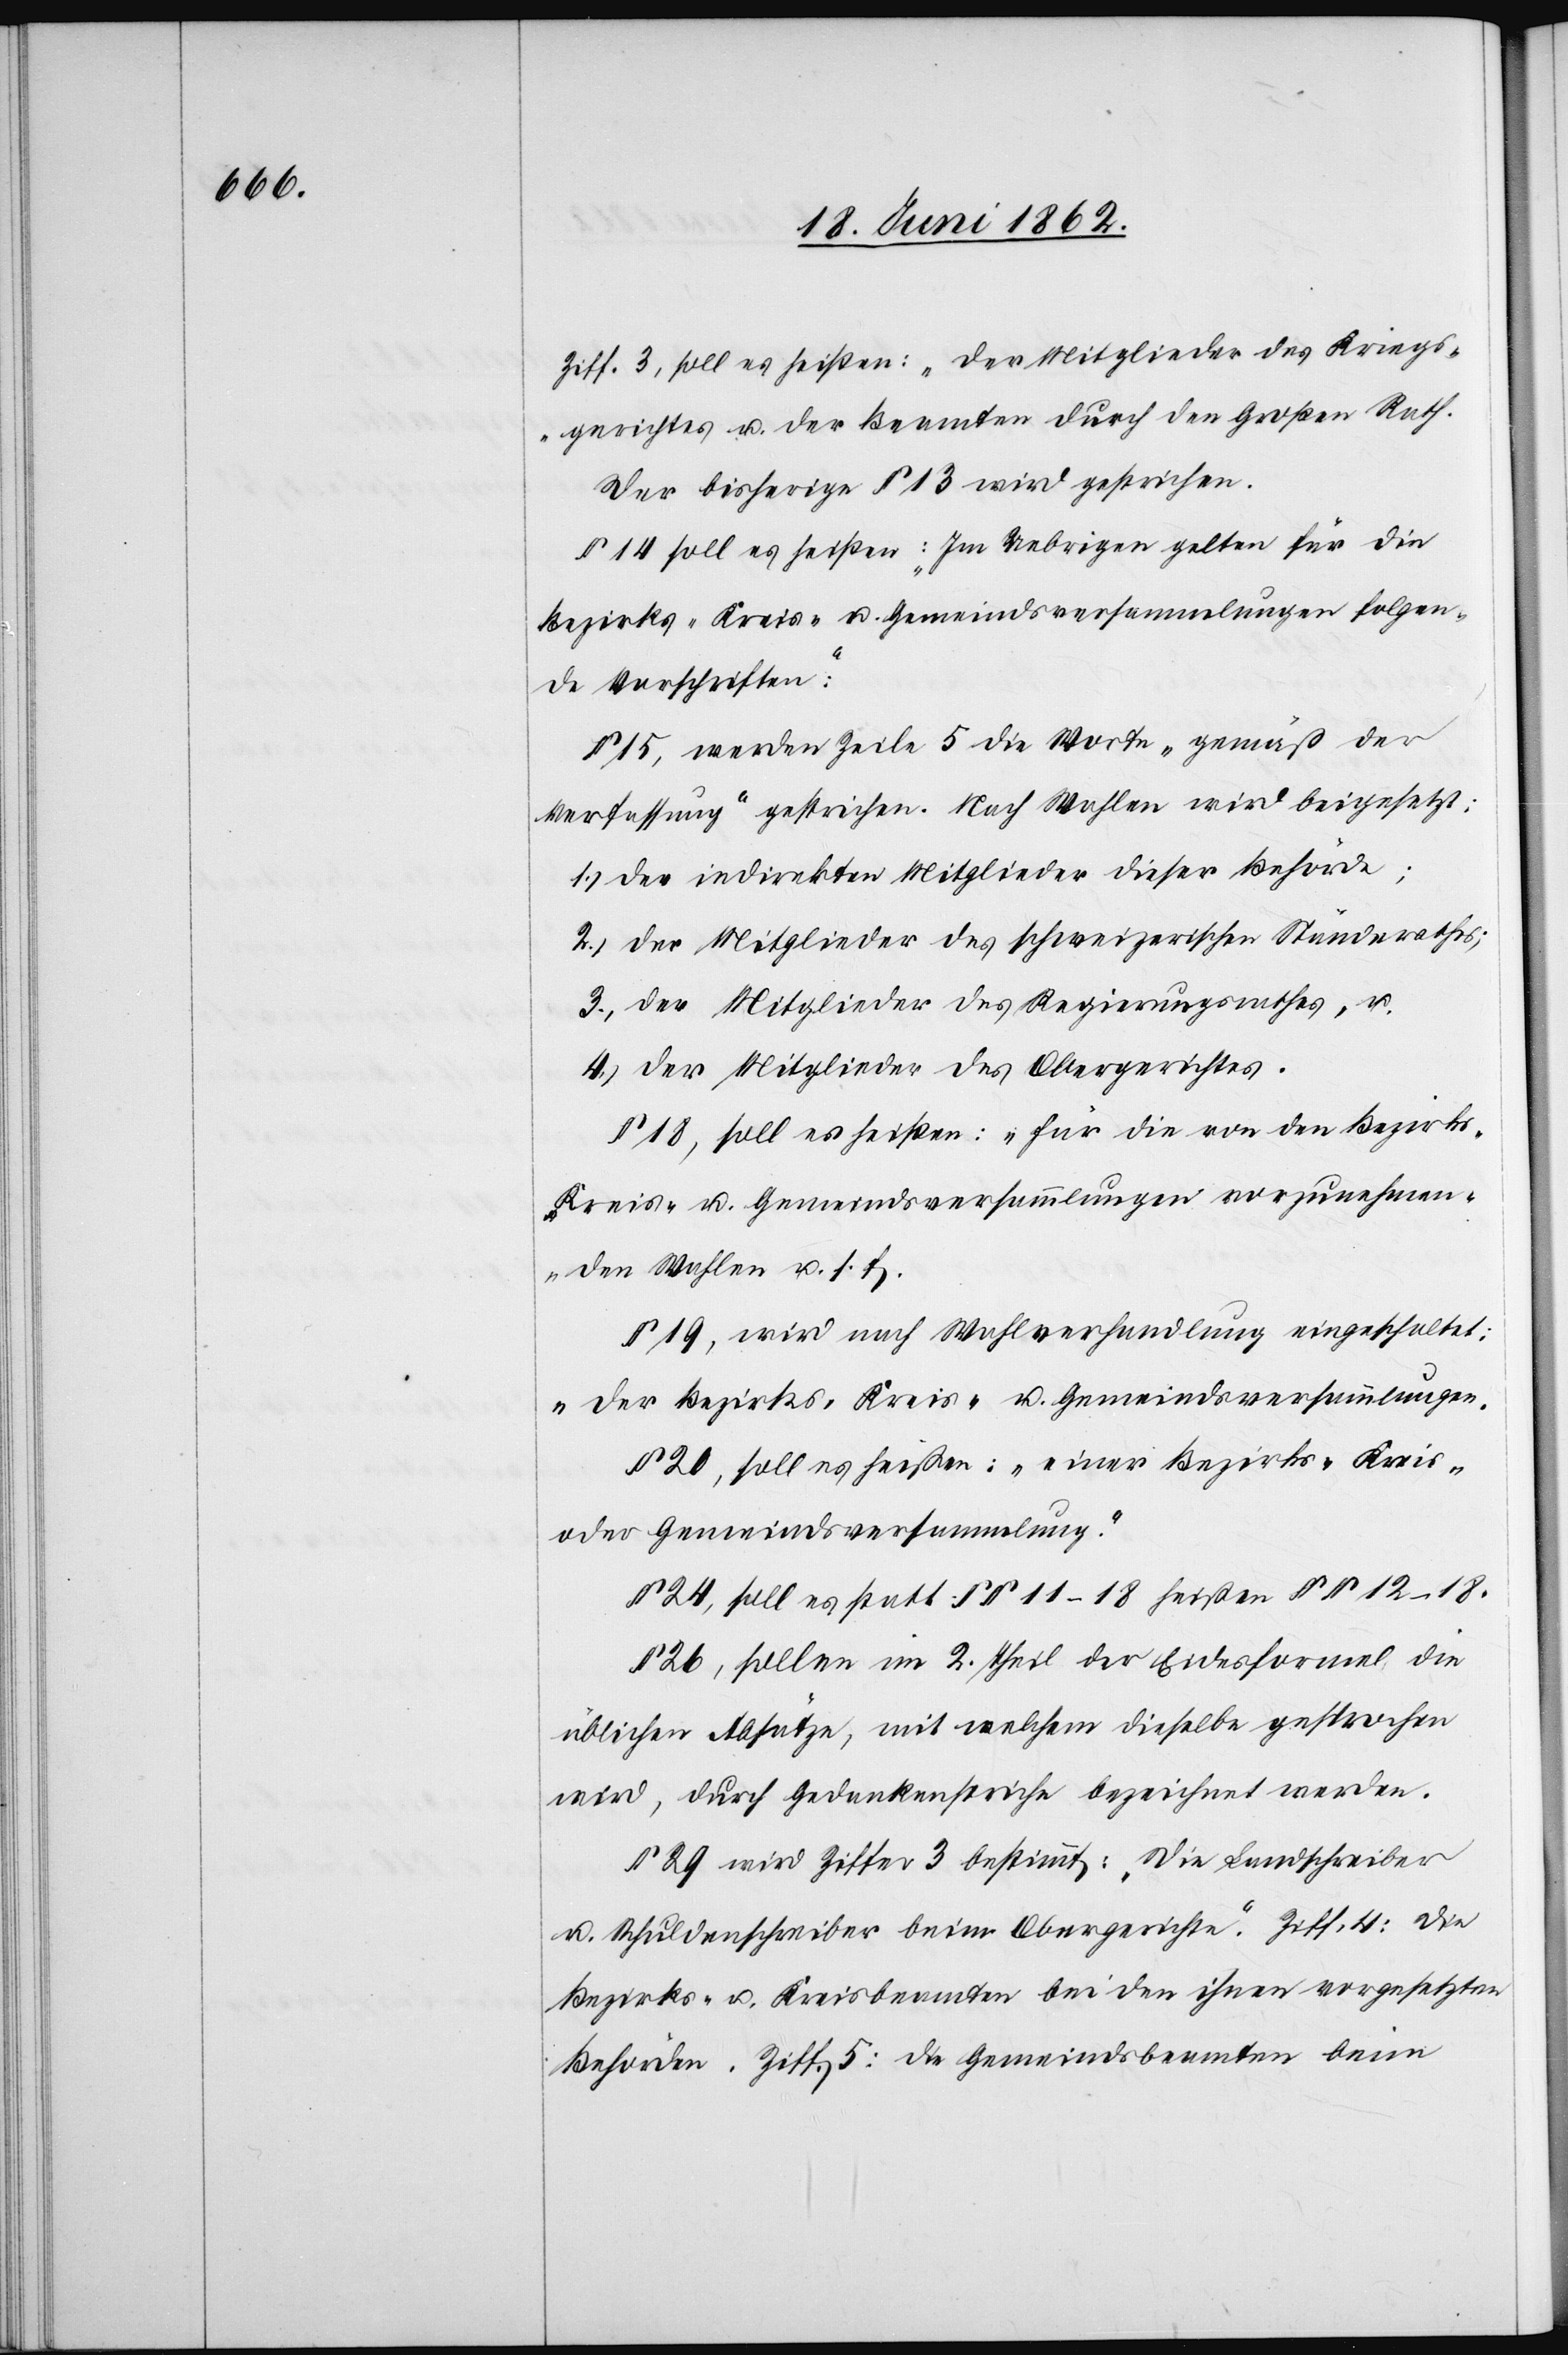
Ziff. 3, soll es heißen: „Der Mitglieder des Kriegs¬
gerichtes u. der Beamten durch den Großen Rath.[“]
Der bisherige § 13 wird gestrichen.
§ 14 soll es heißen: „Im Uebrigen gelten für die
Bezirks- Kreis- u. Gemeindsversammlungen folgen¬
de Vorschriften:“
15, werden Zeile 5 die Worte „gemäß der
Verfassung“ gestrichen. Nach Wahlen wird beigesetzt:
1) der indirekten Mitglieder dieser Behörde;
2) der Mitglieder des schweizerischen Ständerathes;
3) der Mitglieder des Regierungsrathes, u.
4) der Mitglieder des Obergerichtes.
§ 18, soll es heißen: „für die von den Bezirks-
Kreis- u. Gemeindsversammlungen vorzunehmen¬
den Wahlen u. s. f.[“]
§ 19, wird nach Wahlverhandlung eingeschaltet:
„der Bezirks- Kreis- u. Gemeindsversammlungen.“
§ 20, soll es heißen: „einer Bezirks- Kreis-
oder Gemeindsversammlung.“
§ 24, soll es statt §§ 11–18 heißen §§ 12–18.
§ 26, sollen im 2. Theil der Eidesformel die
üblichen Absätze, mit welchem dieselbe gesprochen
wird, durch Gedankenstriche bezeichnet werden.
§ 29 wird Ziffer 3 bestimmt: „Die Landschreiber
u. Schuldenschreiber beim Obergerichte“. Ziff 4: Die
Bezirks- u. Kreisbeamten bei den ihnen vorgesetzten
Behörden. Ziff. 5: die Gemeindsbeamten beim